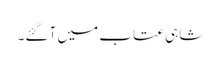
شاہی عتاب میں آ گئے۔